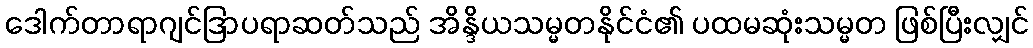
ဒေါက်တာရာဂျင်ဒြာပရာဆတ်သည် အိန္ဒိယသမ္မတနိုင်ငံ၏ ပထမဆုံးသမ္မတ ဖြစ်ပြီးလျှင်